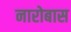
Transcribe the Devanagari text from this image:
नारोबास